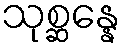
သုစ္ဆန္နေ